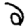
Digit: 2